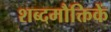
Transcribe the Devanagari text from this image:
शब्दमौक्तिकें